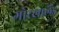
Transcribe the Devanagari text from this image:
गोरखालैंड